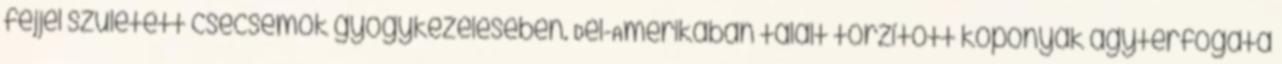
fejjel született csecsemők gyógykezelésében. Dél-Amerikában talált torzított koponyák agytérfogata